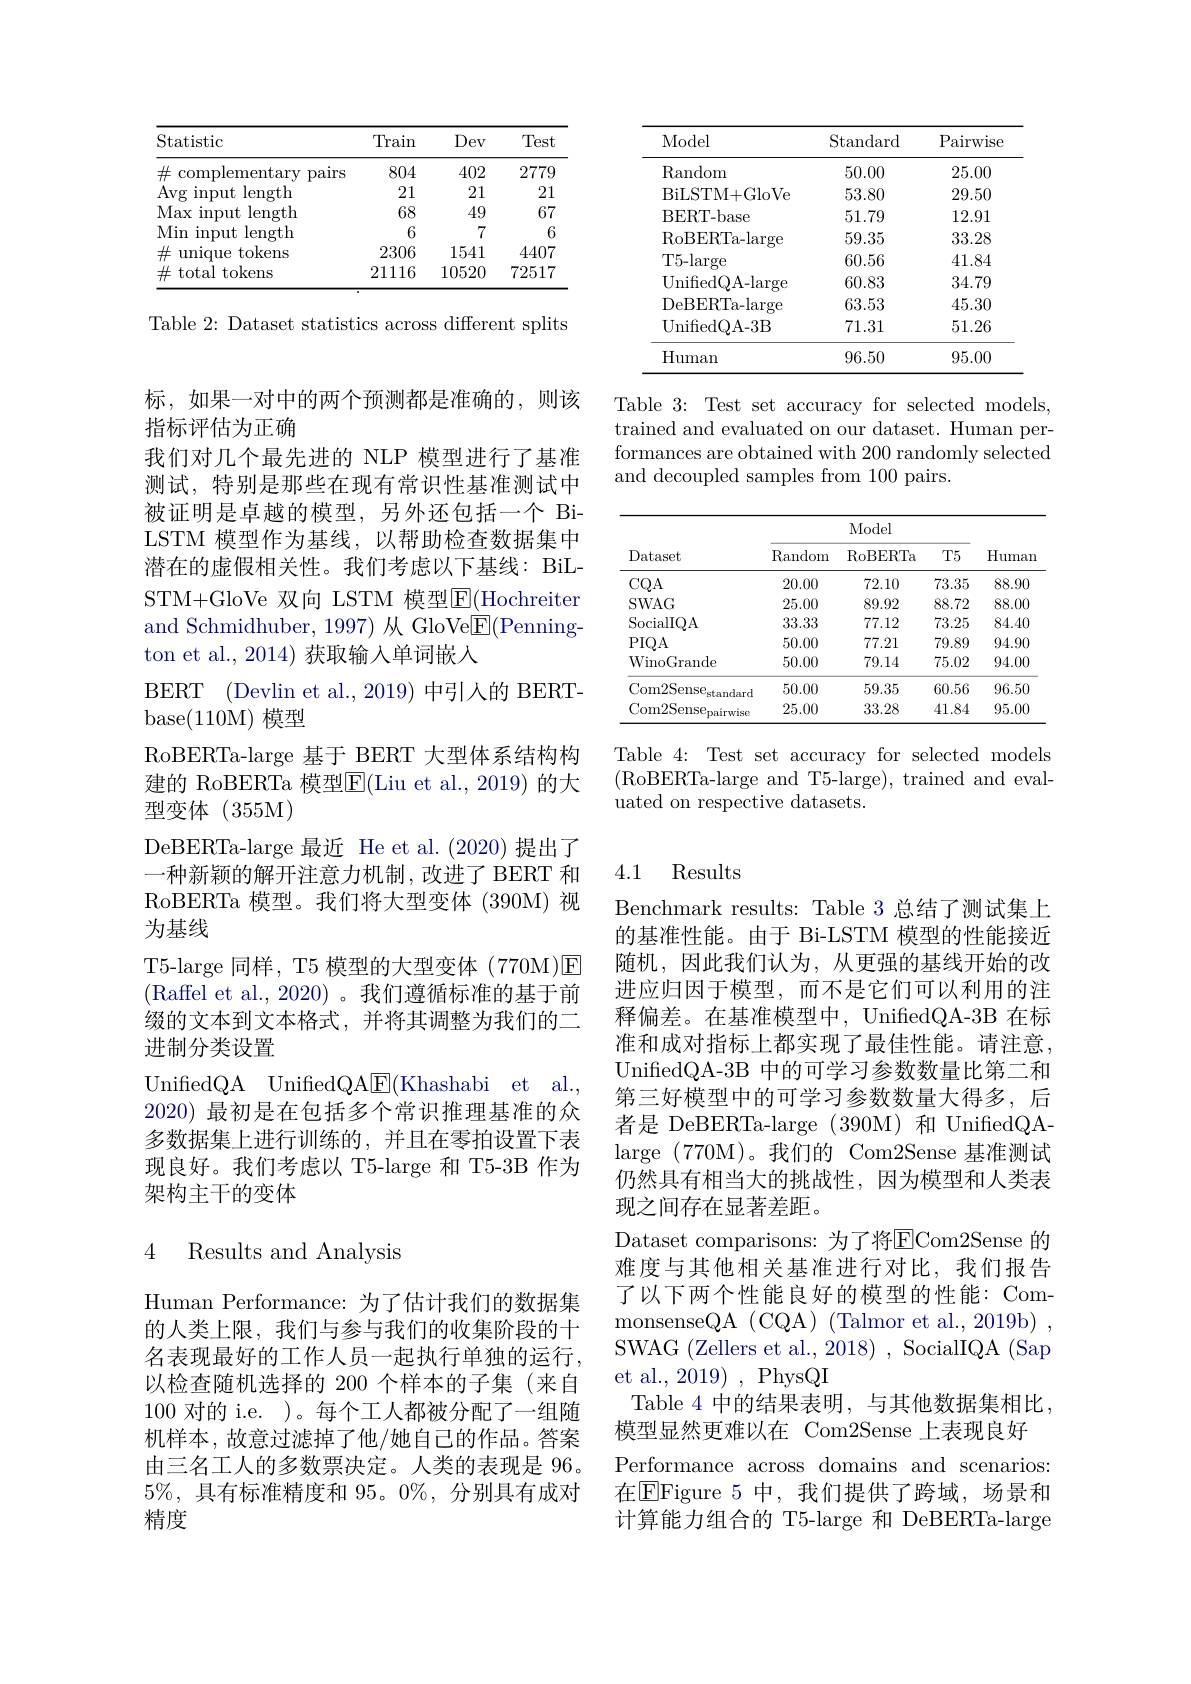
<table>
	<tbody>
		<tr>
			<th>Model</th>
			<th>$\operatorname{Standard}$</th>
			<th>Pairwise</th>
		</tr>
		<tr>
			<td>$\operatorname{Random}$</td>
			<td>50.00</td>
			<td>25.00</td>
		</tr>
		<tr>
			<td>BiLSTM+ GloVe</td>
			<td>53.80</td>
			<td>29.50</td>
		</tr>
		<tr>
			<td>BERT- base</td>
			<td>51.79</td>
			<td>12.91</td>
		</tr>
		<tr>
			<td>$\operatorname{RoBERTa-large}$</td>
			<td>59.35</td>
			<td>33.28</td>
		</tr>
		<tr>
			<td>T5-large</td>
			<td>60.56</td>
			<td>41.84</td>
		</tr>
		<tr>
			<td>UnifiedQA- large</td>
			<td>60.83</td>
			<td>34.79</td>
		</tr>
		<tr>
			<td>DeBERTa- large</td>
			<td>63.53</td>
			<td>45.30</td>
		</tr>
		<tr>
			<td>UnifedQA- 3B</td>
			<td>71.31</td>
			<td>51.26</td>
		</tr>
		<tr>
			<td>Human</td>
			<td>96.50</td>
			<td>95.00</td>
		</tr>
	</tbody>
</table>

Table 3: Test set accuracy for selected models, trained and evaluated on our dataset. Human performances are obtained with 200 randomly selected and decoupled samples from 100 pairs.

<table>
	<tbody>
		<tr>
			<th rowspan="2">Dataset</th>
			<th colspan="3">Model</th>
			<th rowspan="2">Human</th>
		</tr>
		<tr>
			<th>$\operatorname{Random}$</th>
			<th>$\operatorname{RoBERTa}$</th>
			<th>$T5$</th>
		</tr>
		<tr>
			<td>$CQA$</td>
			<td>20.00</td>
			<td>72.10</td>
			<td>73.35</td>
			<td>88.90</td>
		</tr>
		<tr>
			<td>SWAG</td>
			<td>25.00</td>
			<td>89.92</td>
			<td>88.72</td>
			<td>88.00</td>
		</tr>
		<tr>
			<td>$\operatorname{SocialIQA}$</td>
			<td>33.33</td>
			<td>77.12</td>
			<td>73.25</td>
			<td>84.40</td>
		</tr>
		<tr>
			<td>$PIQA$</td>
			<td>50.00</td>
			<td>77.21</td>
			<td>79.89</td>
			<td>94.90</td>
		</tr>
		<tr>
			<td>WinoGrande</td>
			<td>50.00</td>
			<td>79.14</td>
			<td>75.02</td>
			<td>94.00</td>
		</tr>
		<tr>
			<td>Com$2\text{Sense}_{\mathrm{standard}}$</td>
			<td>50.00</td>
			<td>59.35</td>
			<td>60.56</td>
			<td>96.50</td>
		</tr>
		<tr>
			<td>Com$2\text{Sense}_{\mathrm{pairwise}}$</td>
			<td>25.00</td>
			<td>33.28</td>
			<td>41.84</td>
			<td>95.00</td>
		</tr>
	</tbody>
</table>

Table 4: Test set accuracy for selected models (RoBERTa-large and T5-large), trained and eval- ${\text{uated on respective datasets.}}$

<table>
	<tbody>
		<tr>
			<th>Statistic</th>
			<th>Train</th>
			<th>Dev</th>
			<th>Test</th>
		</tr>
		<tr>
			<td>$\#$ complementary pairs</td>
			<td>804</td>
			<td>402</td>
			<td>2779</td>
		</tr>
		<tr>
			<td>Avg input length</td>
			<td>21</td>
			<td>21</td>
			<td>21</td>
		</tr>
		<tr>
			<td>Max $\operatorname{input}$ length</td>
			<td>68</td>
			<td>49</td>
			<td>67</td>
		</tr>
		<tr>
			<td>Min input t length</td>
			<td>6</td>
			<td>7</td>
			<td> </td>
		</tr>
		<tr>
			<td>tokens unique</td>
			<td>2306</td>
			<td>1541</td>
			<td>4407</td>
		</tr>
		<tr>
			<td>total $\textbf{l tokens}$</td>
			<td>21116</td>
			<td>10520</td>
			<td>72517</td>
		</tr>
	</tbody>
</table>

Table 2: Dataset statistics across different splits

标，如果一对中的两个预测都是准确的，则该
指标评估为正确
我们对几个最先进的 NLP 模型进行了基准测试，特别是那些在现有常识性基准测试中被证明是卓越的模型，另外还包括一个 BiLSTM 模型作为基线，以帮助检查数据集中潜在的虚假相关性。我们考虑以下基线：BiLSTM+GloVe 双向 LSTM 模型$\overline{\mathrm{E}}($Hochreiter and Schmidhuber, 1997) 从 GloVe$\underline{\mathrm{E}}($Pennington et al., 2014) 获取输入单词嵌人
BERT (Devlin et al., 2019) 中引人的 BERT-
base(110M) 模型
RoBERTa-large 基于 BERT 大型体系结构构建的 RoBERTa 模型$\overline{\mathrm{E}}($Liu et al.,2019) 的大型变体(355M)
DeBERTa-large 最近 He et al.(2020)提出了一种新颖的解开注意力机制，改进了 BERT 和RoBERTa 模型。我们将大型变体(390M) 视为基线
T5-large 同样，T5 模型的大型变体 (770M)☑ (Raffel et al., 2020)。我们遵循标准的基于前缀的文本到文本格式，并将其调整为我们的二进制分类设置
UnifredQA UnifiedQAE(Khashabi et al. 2020) 最初是在包括多个常识推理基准的众多数据集上进行训练的，并且在零拍设置下表现良好。我们考虑以 T5-large 和 T5-3B 作为架构主干的变体

### 4 Results and Analvsis

Human Performance: 为了估计我们的数据集的人类上限，我们与参与我们的收集阶段的十名表现最好的工作人员一起执行单独的运行， 以检查随机选择的 200 个样本的子集(来自100对的 i.e. )。每个工人都被分配了一组随机样本，故意过滤掉了他/她自己的作品。答案由三名工人的多数票决定。人类的表现是 96。$5\%$,具有标准精度和 95。0%, 分别具有成对精度

### 4.1 Results

Benchmark results: Table 3 总结了测试集上的基准性能。由于 Bi-LSTM 模型的性能接近随机，因此我们认为，从更强的基线开始的改进应归因于模型，而不是它们可以利用的注释偏差。在基准模型中，UnifiedQA-3B 在标准和成对指标上都实现了最佳性能。请注意， UnifiedQA-3B 中的可学习参数数量比第二和第三好模型中的可学习参数数量大得多，后者是 DeBERTa-large (390M)和 UnifiedQAlarge (770M)。我们的 Com2Sense 基准测试仍然具有相当大的挑战性，因为模型和人类表现之间存在显著差距。
Dataset comparisons: 为了将ECom2Sense 的难度与其他相关基准进行对比，我们报告了以下两个性能良好的模型的性能：CommonsenseQA (CQA) (Talmor et al., 2019b) , SWAG (Zellers et al., 2018) , SocialIQA (Sap et al., 2019) , PhysQI
Table 4 中的结果表明，与其他数据集相比，
模型显然更难以在 Com2Sense 上表现良好
Performance across domains and scenarios: 在$\boxed{\mathrm{E}}$Figure 5 中，我们提供了跨域，场景和计算能力组合的 T5-large 和 DeBERTa-large